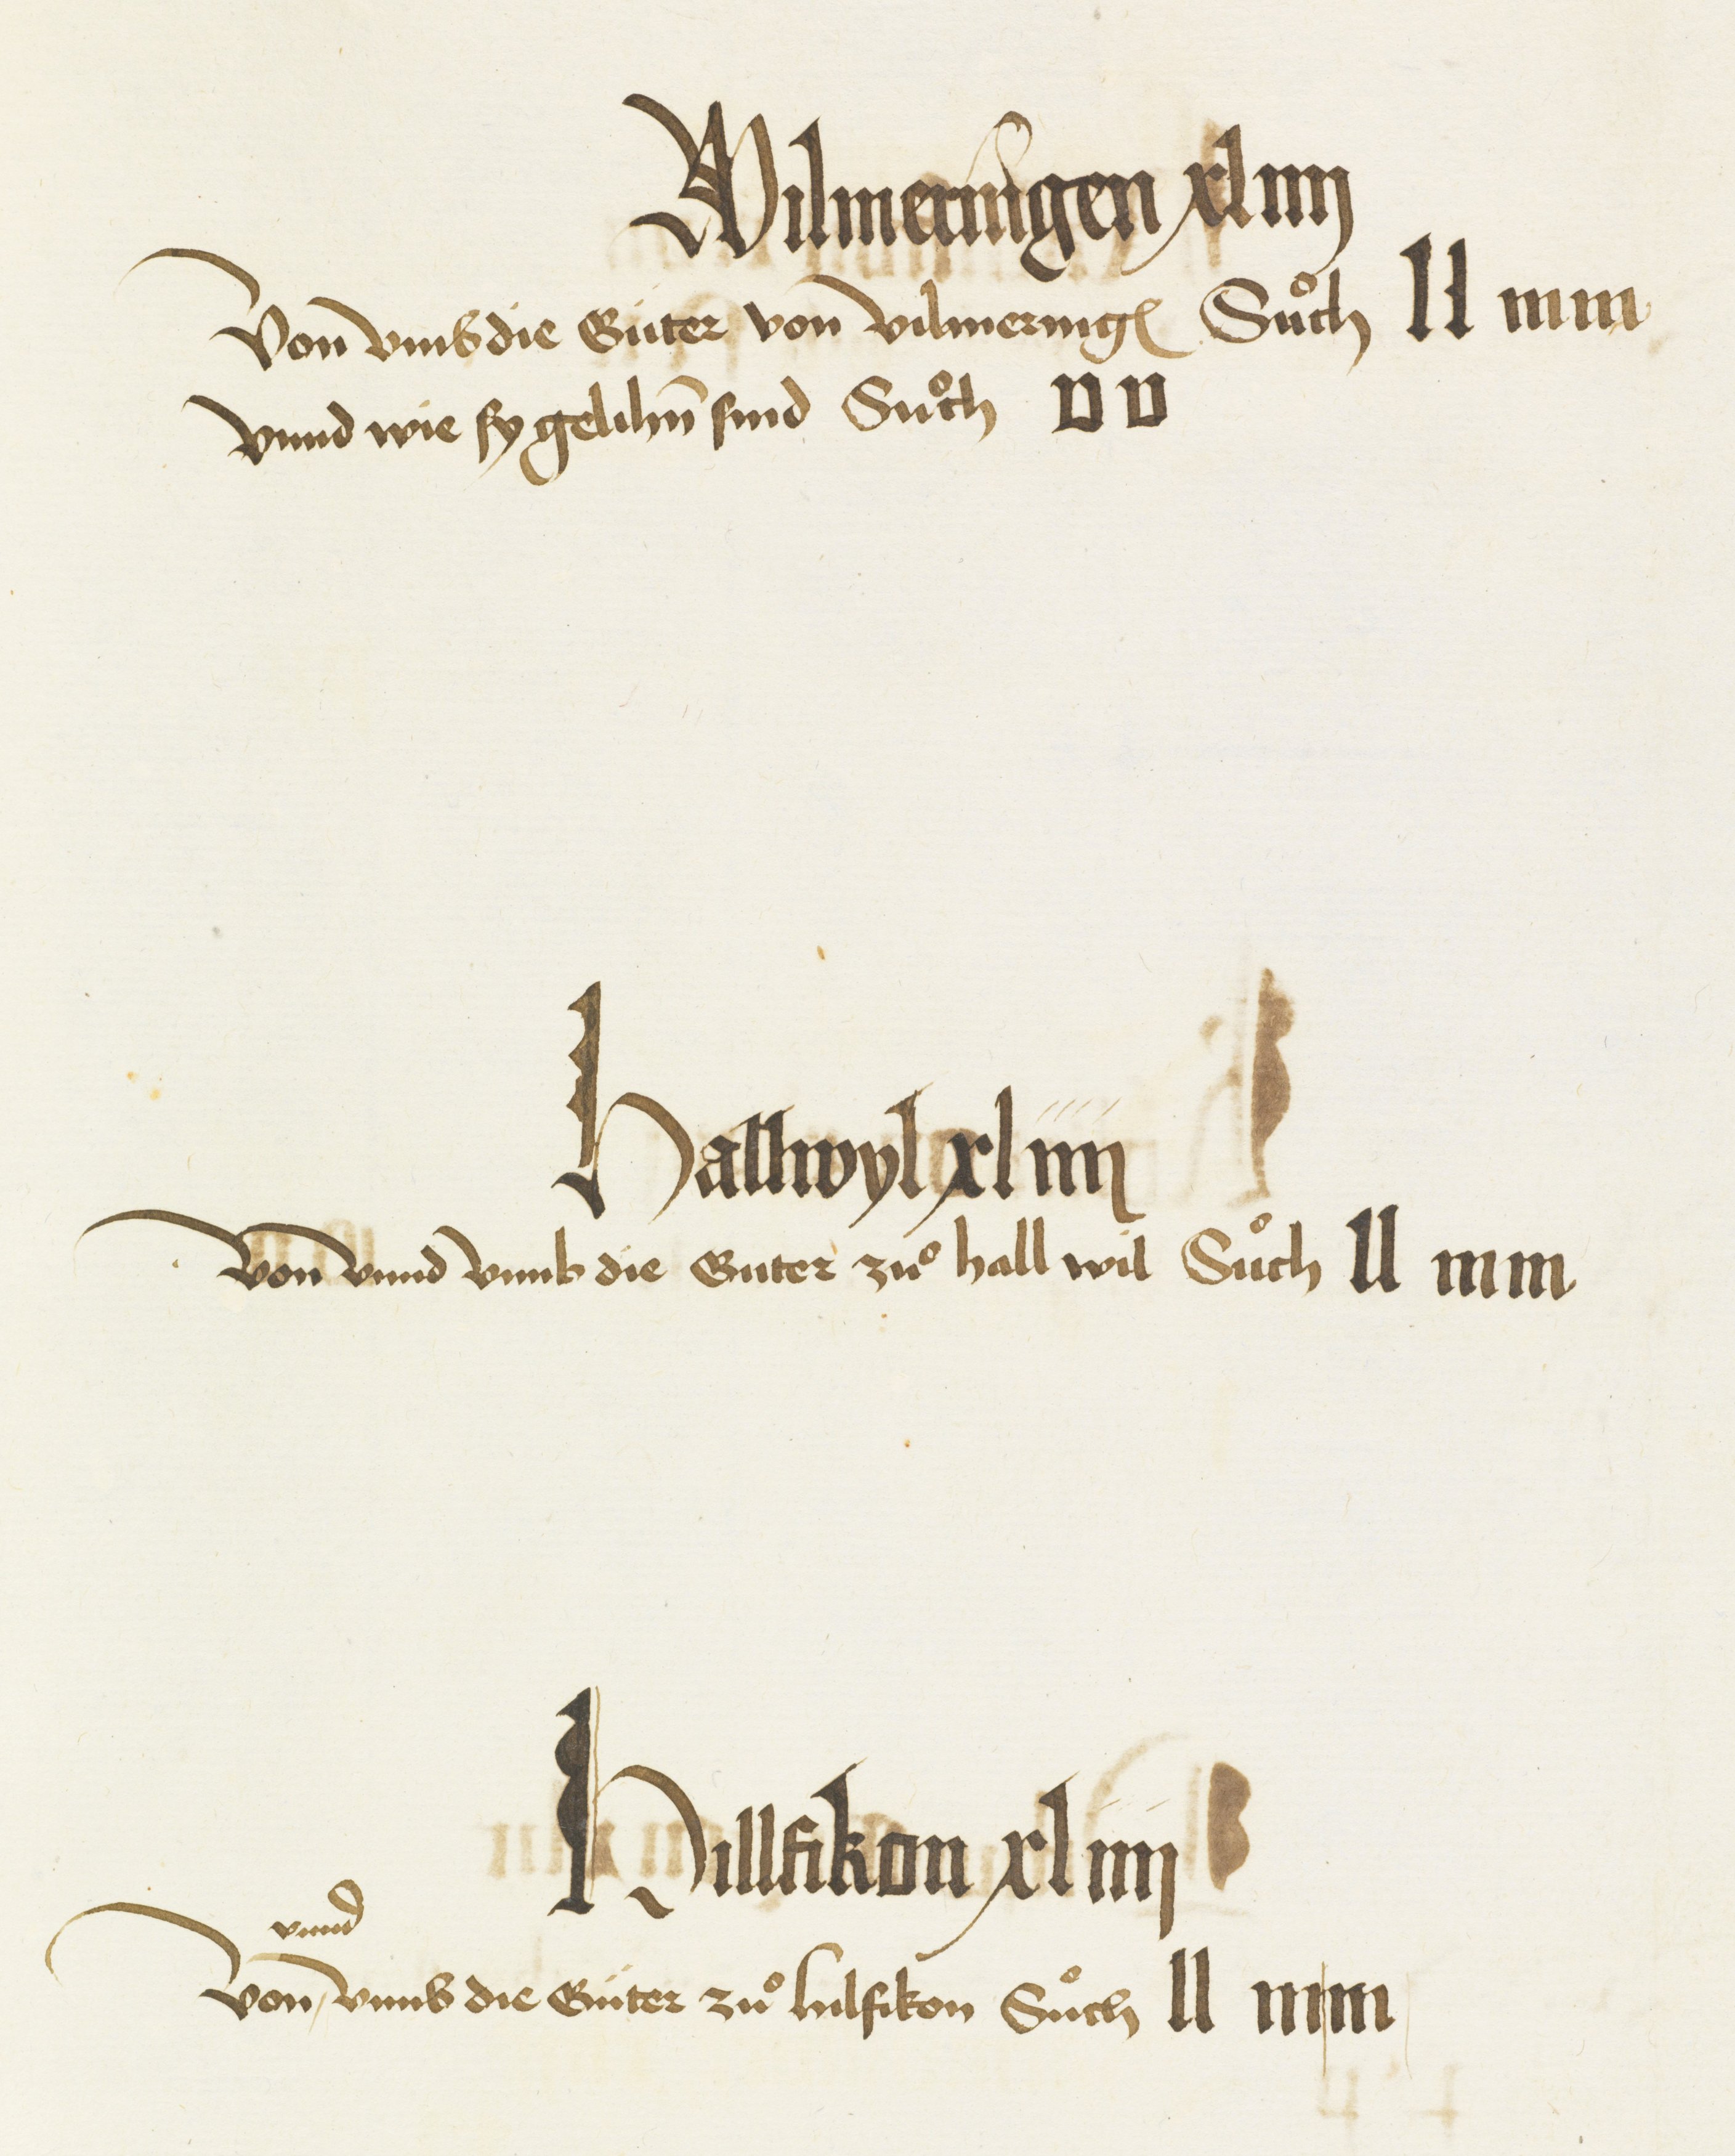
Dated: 1480–1528